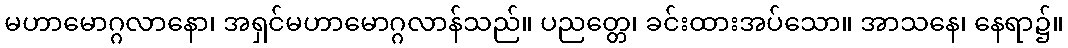
မဟာမောဂ္ဂလာနော၊ အရှင်မဟာမောဂ္ဂလာန်သည်။ ပညတ္တေ၊ ခင်းထားအပ်သော။ အာသနေ၊ နေရာ၌။